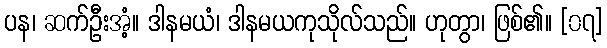
ပန၊ ဆက်ဦးအံ့။ ဒါနမယံ၊ ဒါနမယကုသိုလ်သည်။ ဟုတွာ၊ ဖြစ်၏။ [၀၇]